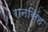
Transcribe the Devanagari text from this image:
रानसिंह